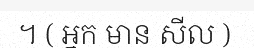
។ ( អ្នក មាន សីល )